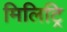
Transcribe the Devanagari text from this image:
मिलिट्रि